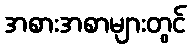
အစားအစာများတွင်